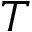
T